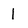
Character: 1